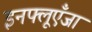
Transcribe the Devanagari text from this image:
इनफ्लूएँजा